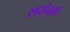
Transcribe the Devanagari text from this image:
ससंदर्भ